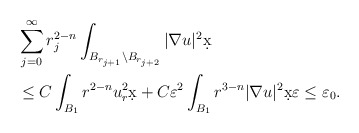
\begin{align*}&\sum_{j = 0}^{\infty} r_{j}^{2-n}\int_{B_{r_{j+1}}\setminus B_{r_{j+2}}} |\nabla u|^2 \d x \\& \leq C \int_{B_{1}} r^{2-n} u_r^2 \d x + C \varepsilon^2 \int_{B_{1}} r^{3-n}|\nabla u|^2 \d x \varepsilon \leq \varepsilon_0.\end{align*}